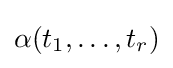
\alpha (t_{1},\dots ,t_{r})